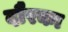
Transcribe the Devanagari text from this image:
दौरका